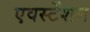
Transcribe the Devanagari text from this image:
एवस्टेंशन